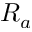
R _ { a }